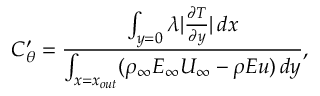
C _ { \theta } ^ { \prime } = \frac { \int _ { y = 0 } \lambda | \frac { \partial T } { \partial y } | \, d x } { \int _ { x = x _ { o u t } } ( \rho _ { \infty } E _ { \infty } U _ { \infty } - \rho E u ) \, d y } ,